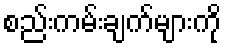
စည်းကမ်းချက်များကို